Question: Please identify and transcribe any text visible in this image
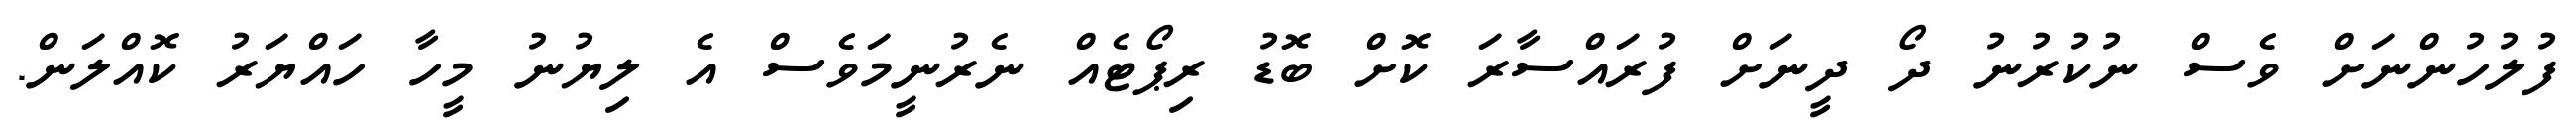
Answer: ފުލުހުންނަށް ވެސް ނުކުރުނު ދޯ ދީނަށް ފުރައްސާރަ ކޮށް ބޮޑު ރިޕޯޓެއް ނެރުނީމަވެސް އެ ލިޔުނު މީހާ ހައްޔަރު ކޮއްލަން.